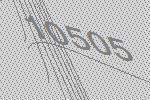
10505